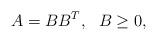
LaTeX: \begin{align*} A=BB^T, ~~B\ge 0,\end{align*}